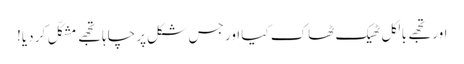
اور تجھے بالکل ٹھیک ٹھاک کیا اور جس شکل پر چاہا تجھے مشکّل کر دیا!